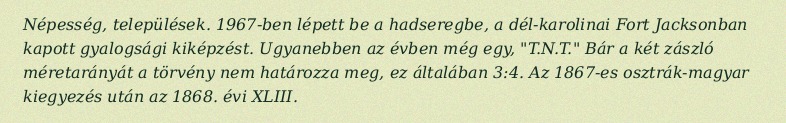
Népesség, települések. 1967-ben lépett be a hadseregbe, a dél-karolinai Fort Jacksonban kapott gyalogsági kiképzést. Ugyanebben az évben még egy, "T.N.T." Bár a két zászló méretarányát a törvény nem határozza meg, ez általában 3:4. Az 1867-es osztrák-magyar kiegyezés után az 1868. évi XLIII.